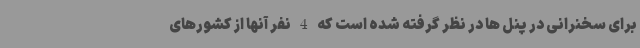
برای سخنرانی در پنل ها در نظر گرفته شده است که 4 نفر آنها از کشورهای